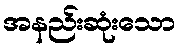
အနည်းဆုံးသော